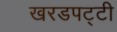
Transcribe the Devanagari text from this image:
खरडपट्टी